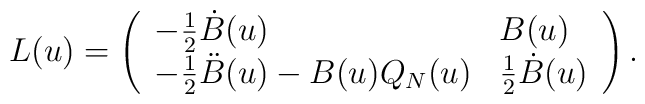
L(u)=\left(\begin{array}{ll}-\frac12 \dot{B}(u)&B(u) \\-\frac12 \ddot{B}(u)-B(u)Q_N(u)&\frac12 \dot{B}(u)\end{array}\right).